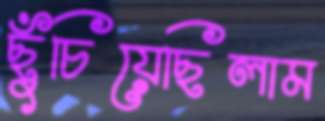
ছুঁচিয়েছিলাম